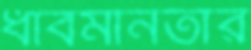
ধাবমানতার